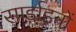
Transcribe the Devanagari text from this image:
सार्डाइनों